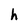
Character: h